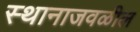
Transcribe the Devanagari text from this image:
स्थानाजवळील